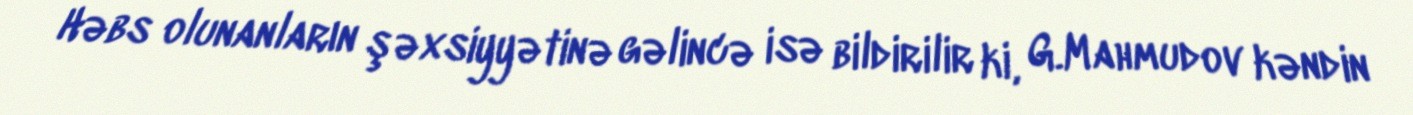
Həbs olunanların şəxsiyyətinə gəlincə isə bildirilir ki, G.Mahmudov kəndin